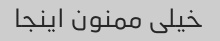
خیلی ممنون اینجا